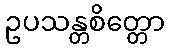
ဥပသန္တစိတ္တော